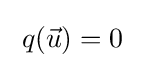
\;q({\vec {u}})=0\;